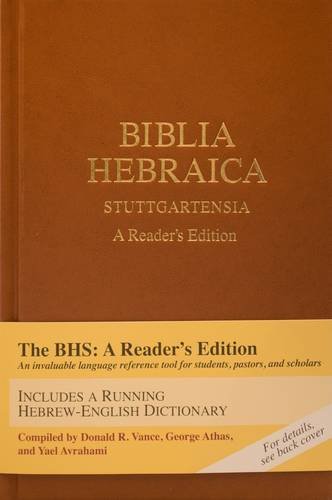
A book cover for Biblia Hebraica Stuttgartensia: A Reader's Edition (Hebrew Edition); Donald A. Vance; Christian Books & Bibles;